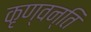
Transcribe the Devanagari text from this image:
कृण्वन्ति